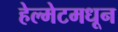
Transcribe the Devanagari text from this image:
हेल्मेटमधून